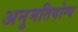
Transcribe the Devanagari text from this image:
अनुमतियोग्य